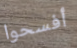
أفسحوا